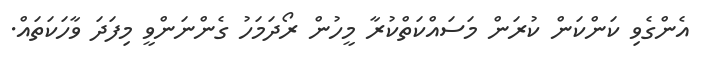
އެންގެވި ކަންކަން ކުރަން މަސައްކަތްކުރާ މީހުން ރޯދަމަހު ގެންނަންވީ މިފަދަ ވާހަކަތައް.